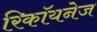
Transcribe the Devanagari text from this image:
रिकॉयनेज